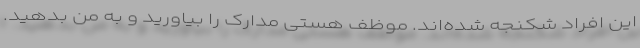
این افراد شکنجه شده‌اند. موظف هستی مدارک را بیاورید و به من بدهید.